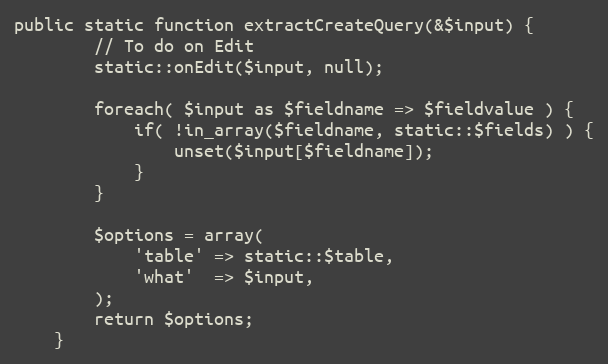
Language: PHP
public static function extractCreateQuery(&$input) {
		// To do on Edit
		static::onEdit($input, null);

		foreach( $input as $fieldname => $fieldvalue ) {
			if( !in_array($fieldname, static::$fields) ) {
				unset($input[$fieldname]);
			}
		}

		$options = array(
			'table' => static::$table,
			'what'  => $input,
		);
		return $options;
	}